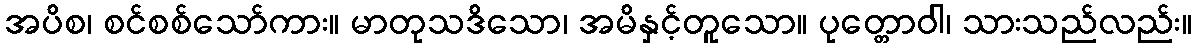
အပိစ၊ စင်စစ်သော်ကား။ မာတုသဒိသော၊ အမိနှင့်တူသော။ ပုတ္တောဝါ၊ သားသည်လည်း။